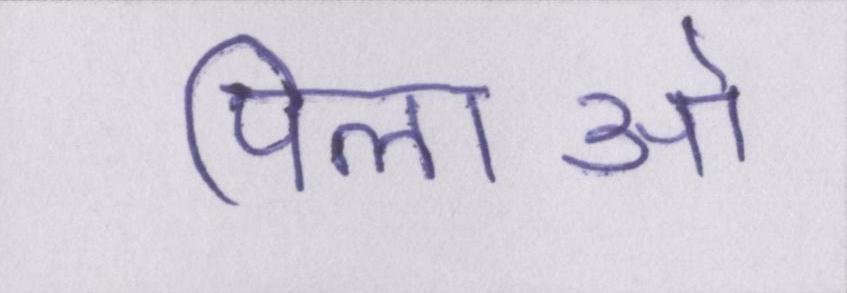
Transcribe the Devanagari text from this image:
पिलाओ